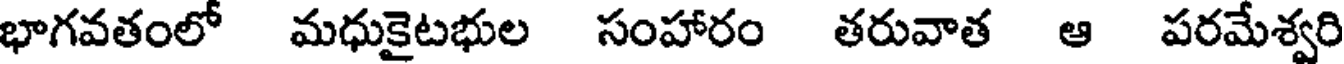
భాగవతంలో మధుకైటభుల సంహారం తరువాత ఆ పరమేశ్వరి